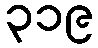
၃၁၉